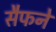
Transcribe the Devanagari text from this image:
सैफने